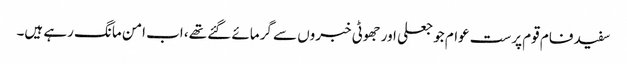
سفید فام قوم پرست عوام جو جعلی اور جھوٹی خبروں سے گرمائے گئے تھے، اب امن مانگ رہے ہیں۔